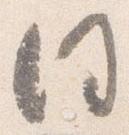
同